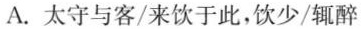
A.太守与客/来饮于此，饮少/辄醉